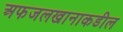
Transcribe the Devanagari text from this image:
अफजलखानाकडील